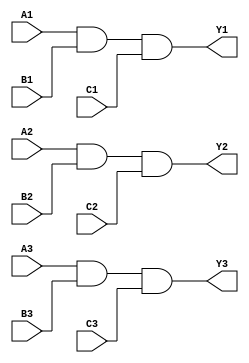
`timescale 1ns / 1ps
//////////////////////////////////////////////////////////////////////////////////
// Company: Xilinx
// 
// Design Name: digital_base_IP
// Module Name: tri_3_input_and_gate
// Project Name: 74LS11
// Target Devices: Basys3
// Tool Versions: 
// Description: 
// 
// Dependencies: 
// 
// Revision:
// Revision 0.01 - File Created
// Additional Comments:
// 
//////////////////////////////////////////////////////////////////////////////////


module tri_3_input_and_gate#(parameter Delay = 0)(
    input wire A1,B1,C1,A2,B2,C2,A3,B3,C3,
    output wire Y1,Y2,Y3
    );
    
    and #Delay (Y1,A1,B1,C1);
    and #Delay (Y2,A2,B2,C2);
    and #Delay (Y3,A3,B3,C3);
    
endmodule